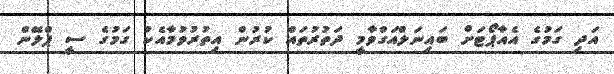
އަދި ގަމުގެ އެއާޕޯޓަށް ބައިނަލްއަގްވާމީ ދަތުރުތައް ކުރުން އިތުރުވުމާއެކު ގަމުގެ ސީ ޕްލޭން